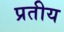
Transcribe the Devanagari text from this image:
प्रतीय